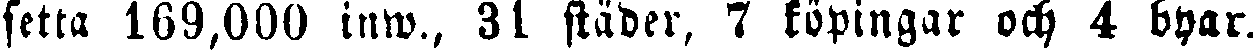
setta 169,000 inw., 31 städer, 7 köpingar och 4 byar.